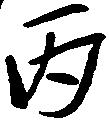
丙